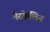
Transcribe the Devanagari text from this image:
मेस्केलिन